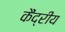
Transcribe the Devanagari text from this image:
कैंद्रीय